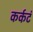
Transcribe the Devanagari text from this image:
कर्कटं